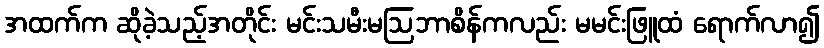
အထက်က ဆိုခဲ့သည့်အတိုင်း မင်းသမီးမဩဘာစိန်ကလည်း မမင်းဖြူထံ ရောက်လာ၍